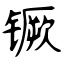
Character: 镢